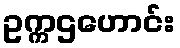
ဥက္ကဌဟောင်း